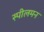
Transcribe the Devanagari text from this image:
स्पीलमन